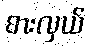
စားလှယ်